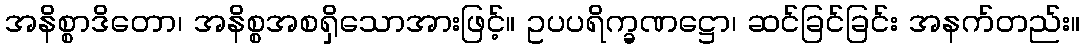
အနိစ္စာဒိတော၊ အနိစ္စအစရှိသောအားဖြင့်။ ဥပပရိက္ခဏဋ္ဌော၊ ဆင်ခြင်ခြင်း အနက်တည်း။